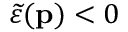
\ensuremath { \widetilde { \varepsilon } } ( \ensuremath { \mathbf { p } } ) < 0